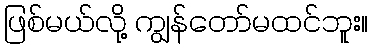
ဖြစ်မယ်လို့ ကျွန်တော်မထင်ဘူး။